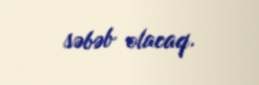
səbəb olacaq.